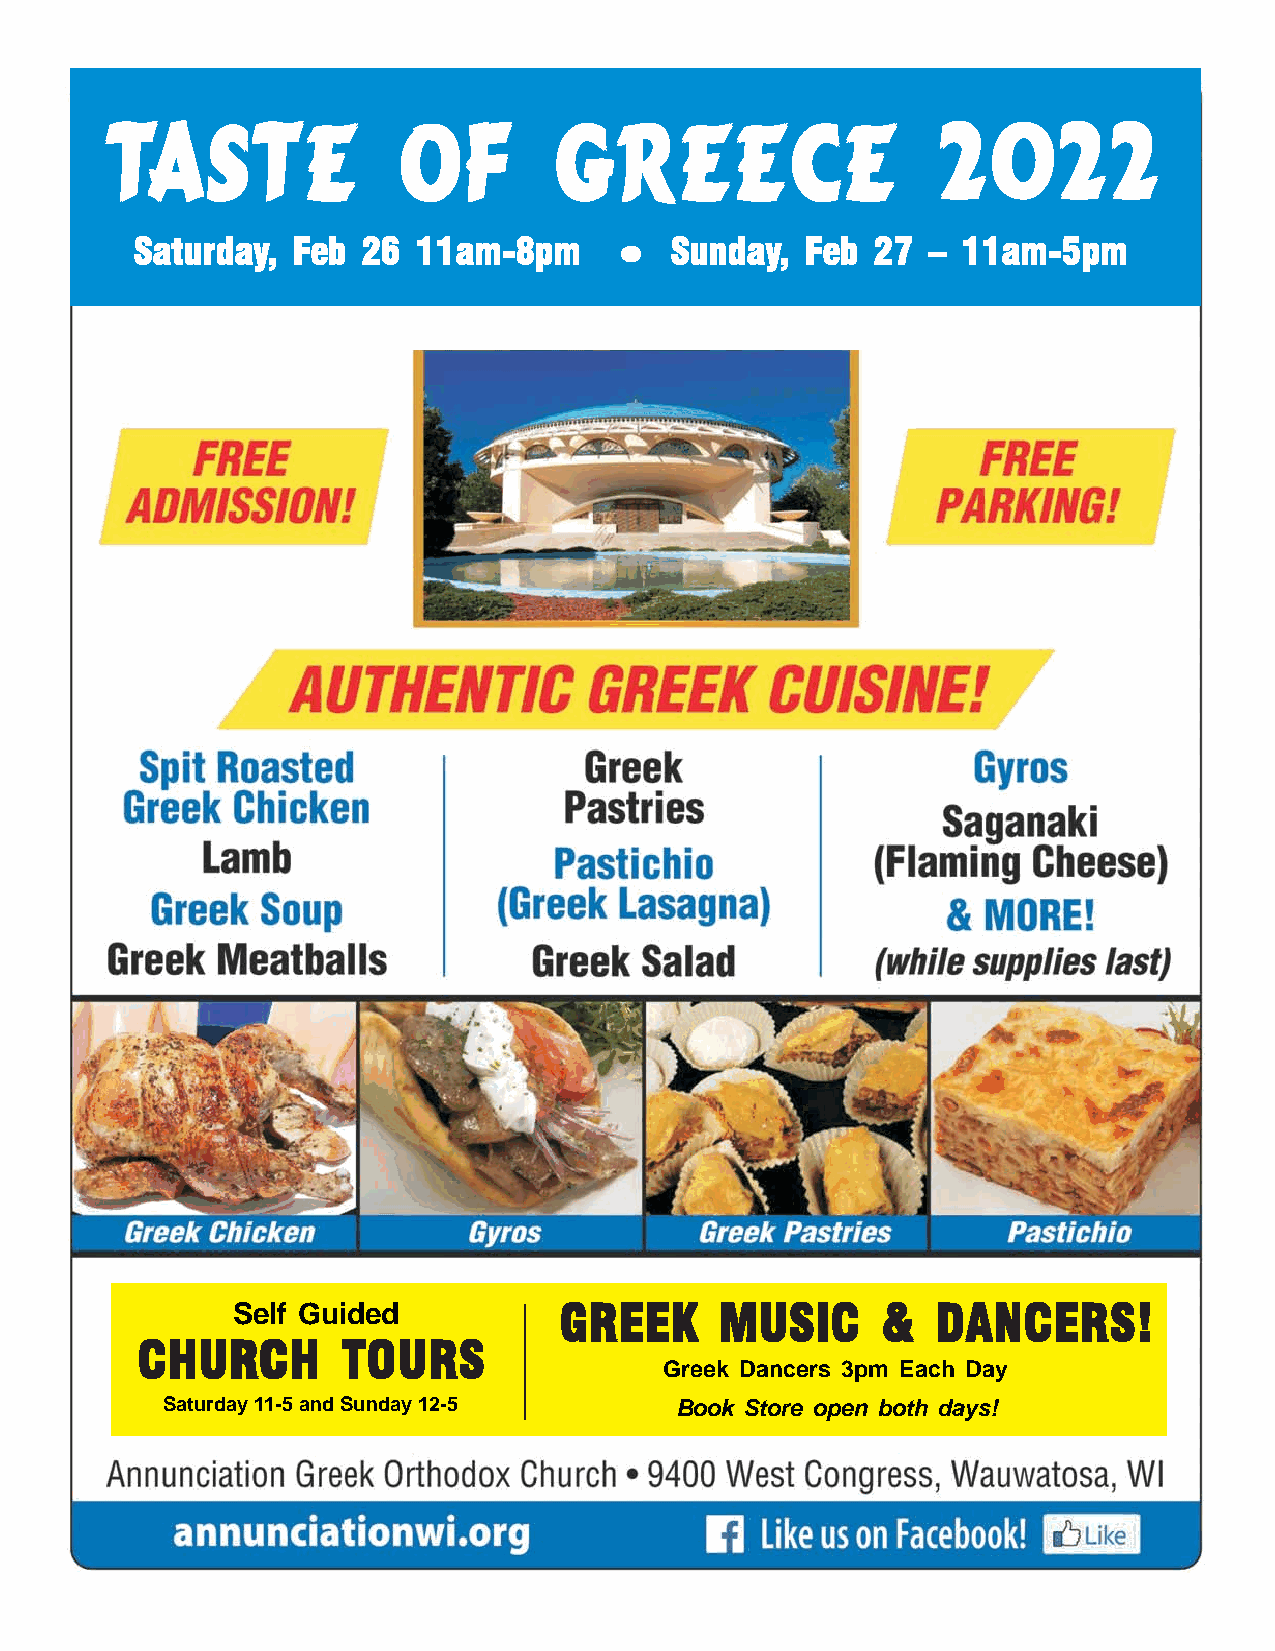
TTTTTAAAAASSSSSTTTTTEEEEE OOOOOFFFFF GGGGGRRRRREEEEEEEEEECCCCCEEEEE 22222000002222222222
 SSSSSaaaaatttttuuuuurrrrrdddddaaaaayyyyy,,,,, FFFFFeeeeebbbbb 2222266666 1111111111aaaaammmmm-----88888pppppmmmmm SSSSSuuuuunnnnndddddaaaaayyyyy,,,,, FFFFFeeeeebbbbb 2222277777 ––––– 1111111111aaaaammmmm-----55555pppppmmmmm
 Self Guided           GGGGGRRRRREEEEEEEEEEKKKKK MMMMMUUUUUSSSSSIIIIICCCCC &&&&& DDDDDAAAAANNNNNCCCCCEEEEERRRRRSSSSS!!!!!
 CCCCCHHHHHUUUUURRRRRCCCCCHHHHH TTTTTOOOOOUUUUURRRRRSSSSS
 Greek Dancers 3pm Each Day
 Saturday 11-5 and Sunday 12-5     Book Store open both days!